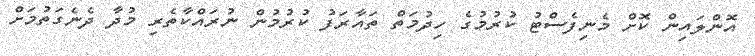
އޮންލައިން ކޮށް މެނިފެސްޓު ކުރުމުގެ ހިދުމަތް ތައާރަފު ކުރުމުން ނުރައްކާތެރި މުދާ ދެނެގަތުމަށް